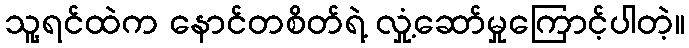
သူ့ရင်ထဲက နောင်တစိတ်ရဲ့ လှုံ့ဆော်မှုကြောင့်ပါတဲ့။